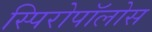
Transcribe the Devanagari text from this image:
स्पिरोपॉलोस